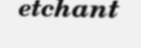
etchant